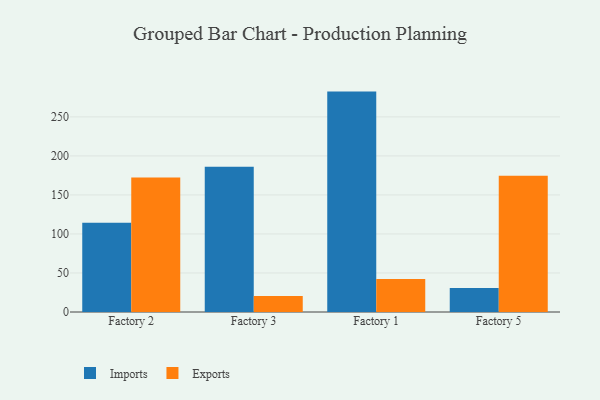
{"axis": {"x": "Factory", "y": "Population (Million)"}, "legend": ["Exports", "Imports"], "data": [{"x": "Factory 2", "y": 114.2, "type": "Imports"}, {"x": "Factory 2", "y": 172.2, "type": "Exports"}, {"x": "Factory 3", "y": 186.1, "type": "Imports"}, {"x": "Factory 3", "y": 20.4, "type": "Exports"}, {"x": "Factory 1", "y": 282.4, "type": "Imports"}, {"x": "Factory 1", "y": 42.3, "type": "Exports"}, {"x": "Factory 5", "y": 30.7, "type": "Imports"}, {"x": "Factory 5", "y": 174.6, "type": "Exports"}]}